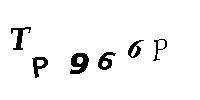
TP966P